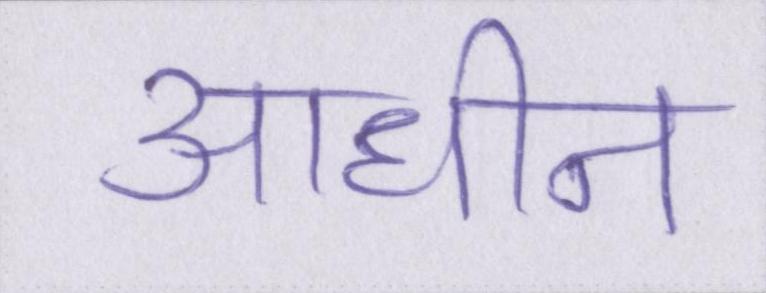
आधीन